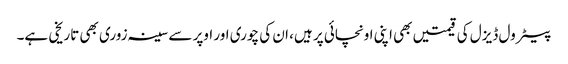
پیٹرول ڈیزل کی قیمتیں بھی اپنی اونچائی پر ہیں، ان کی چوری اور اوپر سے سینہ زوری بھی تاریخی ہے۔